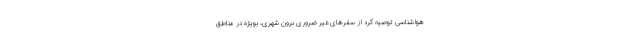
هواشناسی توصیه کرد از سفرهای غیر ضروری برون شهری، بویژه در مناطق